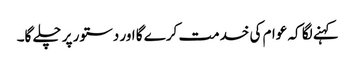
کہنے لگا کہ عوام کی خدمت کرے گا اور دستور پر چلے گا۔